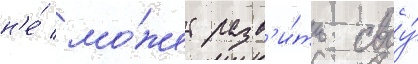
н'е́ мо́жет разв'и́ть своу́